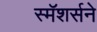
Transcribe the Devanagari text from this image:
स्मॅशर्सने